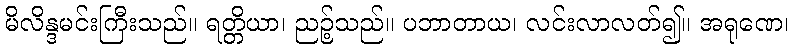
မိလိန္ဒမင်းကြီးသည်။ ရတ္တိယာ၊ ညဉ့်သည်။ ပဘာတာယ၊ လင်းလာလတ်၍။ အရုဏေ၊